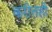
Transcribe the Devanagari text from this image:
करीतही